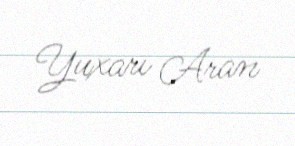
Yuxarı Aran